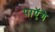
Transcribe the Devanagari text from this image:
पाएॅगे